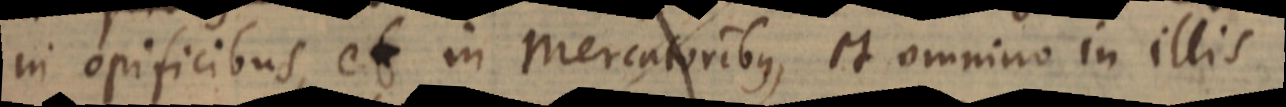
in opificibus, et in Mercatoribus, et omnino in illis